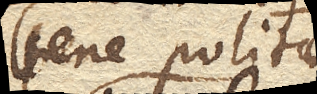
bene politae